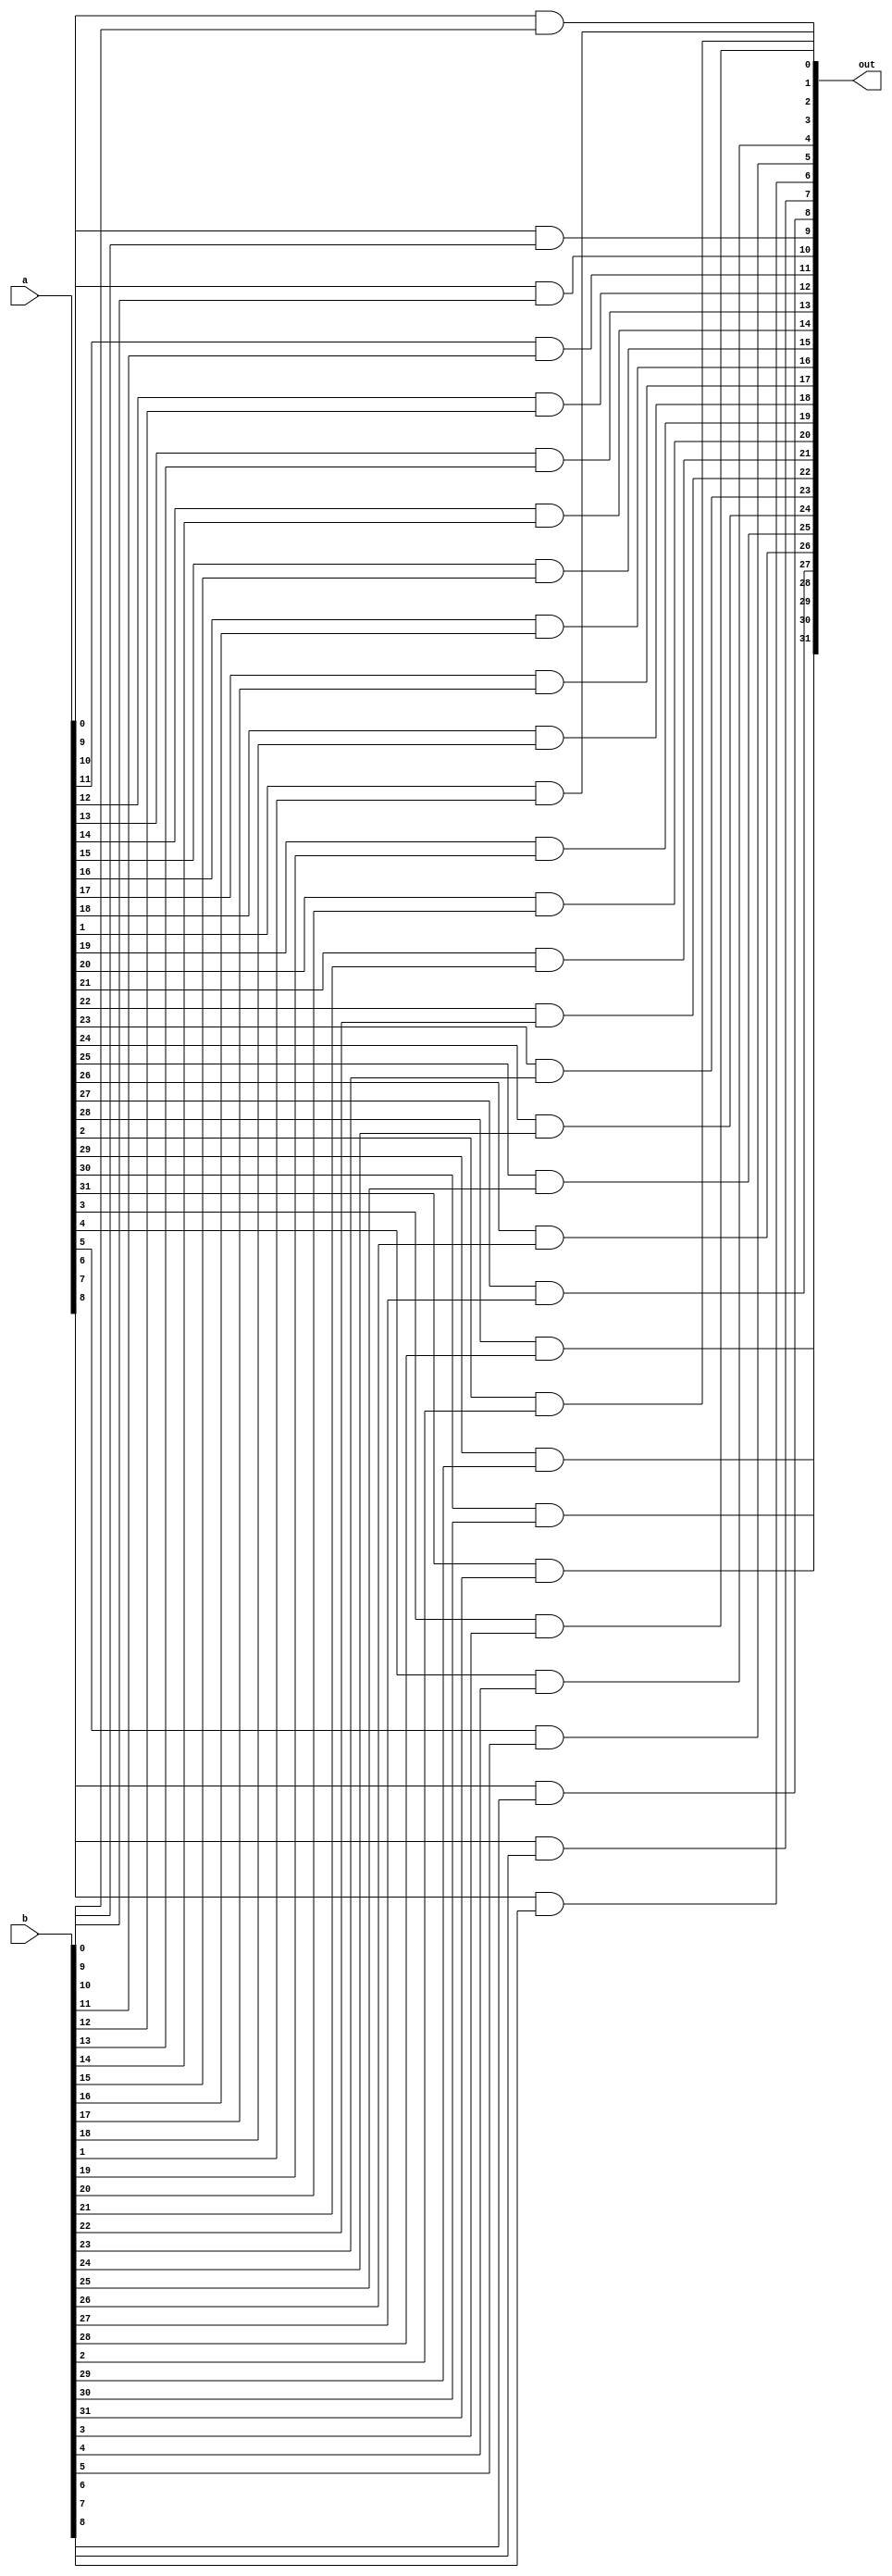
module _32bit_and(out,a,b);
input [31:0] a,b;
output [31:0] out;
genvar i;



	generate
	
		for (i = 0; i < 32; i = i + 1) begin:myFor
			and andGate (out[i],a[i],b[i]);
		end
	endgenerate
	
endmodule